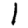
Digit: 1